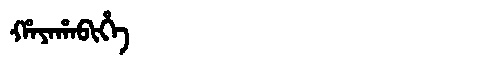
Manchu: ᡥᠠᠶᠠᡥᠠᠪᡳᡥᡝ
Romanization: HAYAHABIHE